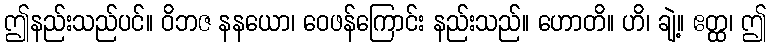
ဤနည်းသည်ပင်။ ဝိဘဇ နနယော၊ ဝေဖန်ကြောင်း နည်းသည်။ ဟောတိ။ ဟိ၊ ချဲ့။ ဧတ္ထ၊ ဤ